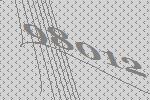
98012